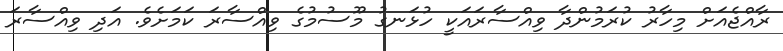
ރާއްޖެއަށް މިހާރު ކުރަމުންދާ ވިއްސާރައަކީ ހުޅަނގު މޫސުމުގެ ވިއްސާރަ ކަމަށެވެ. އަދި ވިއްސާރަ